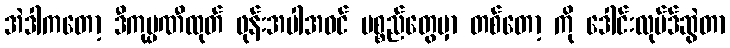
အဲဒါကတော့ ဒီကုမ္ပဏီထုတ် ဖုန်းအပါအဝင် ပစ္စည်တွေမှာ တစ်တော့ ကို ဒေါင်းလုပ်ဒ်ဆွဲတာ